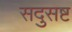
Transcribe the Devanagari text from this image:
सदुसष्ट